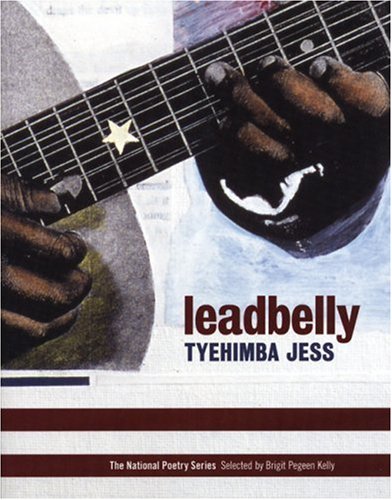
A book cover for leadbelly: poems (National Poetry Series); Tyehimba Jess; Literature & Fiction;